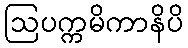
ဩပက္ကမိကာနိပိ